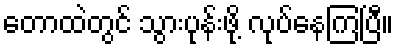
တောထဲတွင် သွားပုန်းဖို့ လုပ်နေကြပြီ။